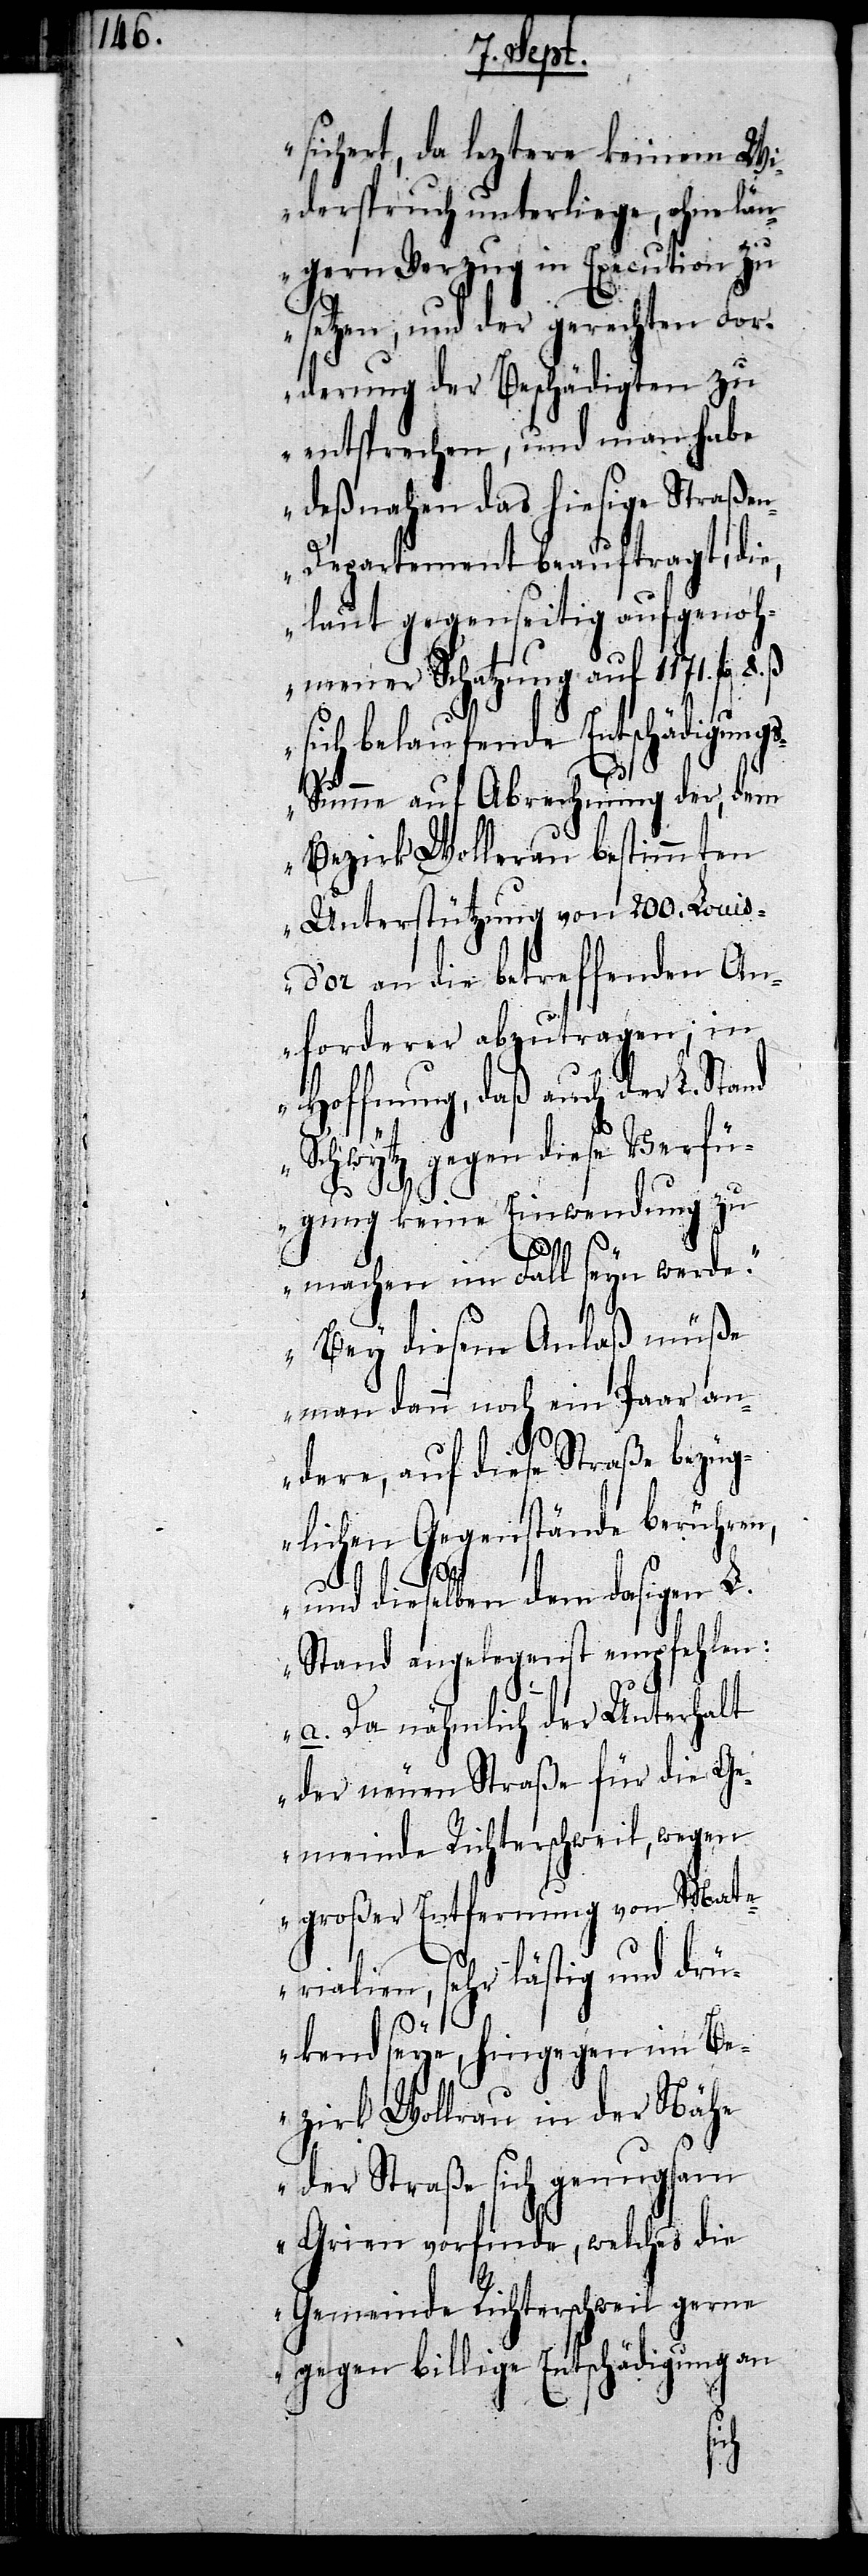
sichert, da leztere keinem Wi¬
derspruch unterliege, ohne län¬
gern Verzug in Execution zu
setzen, und der gerechten For¬
derung der Beschädigten zu
entsprechen, und man habe
deßnahen das hiesige Straße¬
n-Departement beauftragt, die,
laut gegenseitig aufgenoh¬
mener Schatzung auf 1171. fl
sich belaufende Entschädigung¬
s-Summe auf Abrechnung der, dem
Bezirk Wollerau bestimmten
Unterstützung von 200. Loui¬
s-d’or an die betreffenden An¬
forderer abzutragen; in
Hoffnung, daß auch der L. Stand
Schwytz gegen diese Verfü¬
gung keine Einwendung zu
machen im Fall seyn werde.
Bey diesem Anlaß müße
man dann noch ein Paar an¬
dere, auf diese Straße bezüg¬
lichen Gegenstände berühren,
und dieselben dem dasigen L.
Stand angelegenst empfehlen:
a.) Da nähmlich der Unterhalt
der neuen Straße für die Ge¬
meinde Richterschweil, wegen
großer Entfernung von Mate¬
rialien, sehr lästig und drü¬
kend seye, hingegen im Be¬
zirk Wollerau in der Nähe
der Straße sich genugsam
Grien vorfinde, welches die
Gemeinde Richterschweil gerne
gegen billige Entschädigung an